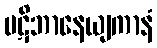
ပဋိဘာနေယျကာနံ